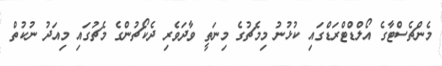
މެންޗެސްޓާގެ އޯލްޑްޓްރަޑްގައި ކުޅުނު މިމެޗުގެ މިނަތީ ވާދަވެރި ދެކޯޗުންގެ މެޗުގައި މިއަދު ނުކުތް